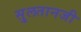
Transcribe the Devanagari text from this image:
सु्लतानजी